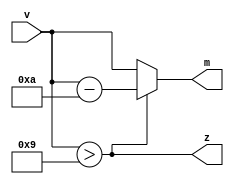
`timescale 1ns / 1ps
//////////////////////////////////////////////////////////////////////////////////
// Student: Tawseef Patel 101145333
// 
// Design Name: lab2_2_1.v
// Module Name: lab2_2_1_partA
// Project Name: Lab2_2_1
//
//////////////////////////////////////////////////////////////////////////////////

module lab2_2_1_partA(
    input  [3:0] v,
    output  z, 
    output  [3:0] m
);

assign z = (v > 9); // 1 if V greater than 9

assign m = z? v-10:v; // if z=1 -> v-10 ( m goes back to 0000), else m = v

endmodule